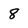
Character: 8